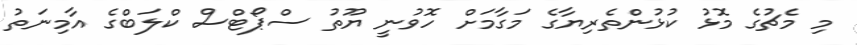
މި މެޗުގެ މޮޅު ކުޅުންތެރިޔާގެ މަގާމަށް ހޮވުނީ ޔޫތު ސްޕޯޓްސް ކްލަބްގެ އާމިނަތު